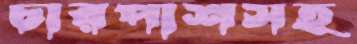
চারপাশসহ